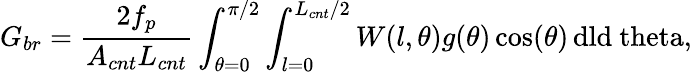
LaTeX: G_{br}=\frac{2f_{p}}{A_{cnt}L_{cnt}}\int_{\theta=0}^{\pi/2}\int_{l=0}^{L_{cnt}/2}W(l,\theta)g(\theta)\cos(\theta)\, \mathrm{{d}l\mathrm{{d}\ theta,}}